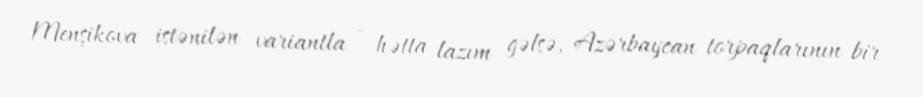
Menşikova istənilən variantla - hətta lazım gəlsə, Azərbaycan torpaqlarının bir